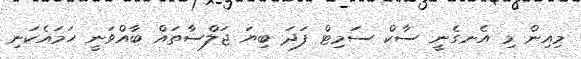
މިއިން މި އެނގެނީ ސާކް ސަމިޓް ފަދަ ބިޔަ ޖަލްސާތައް ބާއްވަނީ ހަމައެކަނި